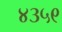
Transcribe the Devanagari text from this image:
४३५९